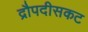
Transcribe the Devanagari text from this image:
द्रौपदीसकट